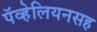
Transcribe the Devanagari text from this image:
पॅव्हेलियनसह